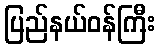
ပြည်နယ်ဝန်ကြီး